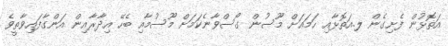
އަތޮޅުން ފެށިގެން ލ.އަތޮޅާއި ހަމައަށް މޫސުން ގޯސްވާނެކަމަށް މޫސުމާއި ބެހޭ އިދާރާއިން އަންގާފައިވާތީވެ